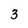
Character: 3